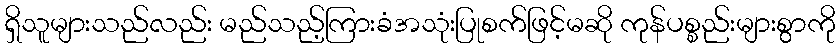
ရှိသူများသည်လည်း မည်သည့်ကြားခံအသုံးပြုစက်ဖြင့်မဆို ကုန်ပစ္စည်းများစွာကို